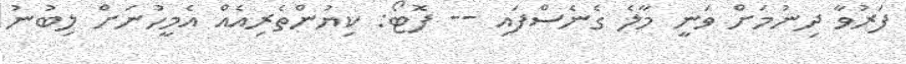
ފަރުވާ ދިނުމަށް ވަނީ މާލެ ގެނެސްފައި -- ފޮޓޯ: ކިޔުންތެރިއެއް އެމީހުނަށް ލިބުނު